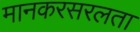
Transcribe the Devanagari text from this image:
मानकरसरलता